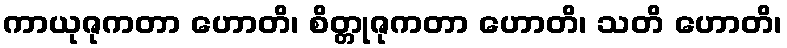
ကာယုဇုကတာ ဟောတိ၊ စိတ္တုဇုကတာ ဟောတိ၊ သတိ ဟောတိ၊